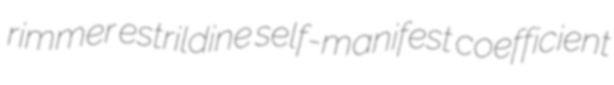
rimmer estrildine self-manifest coefficient